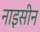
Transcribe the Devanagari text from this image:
नाइसीन